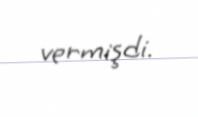
vermişdi.